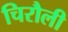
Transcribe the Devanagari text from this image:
चिरौली